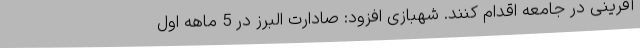
آفرینی در جامعه اقدام کنند. شهبازی افزود: صادارت البرز در 5 ماهه اول